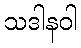
သဒါနဝါ